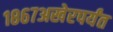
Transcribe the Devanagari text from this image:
१८६७अखेरपर्यंत